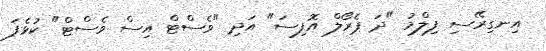
އިނގިރޭސި ފިލްމު "ދަ ޕެރޯލް އޮފިސަ" އަދި "ވެސްޓް އިސް ވެސްޓް" ކުޅެފަ